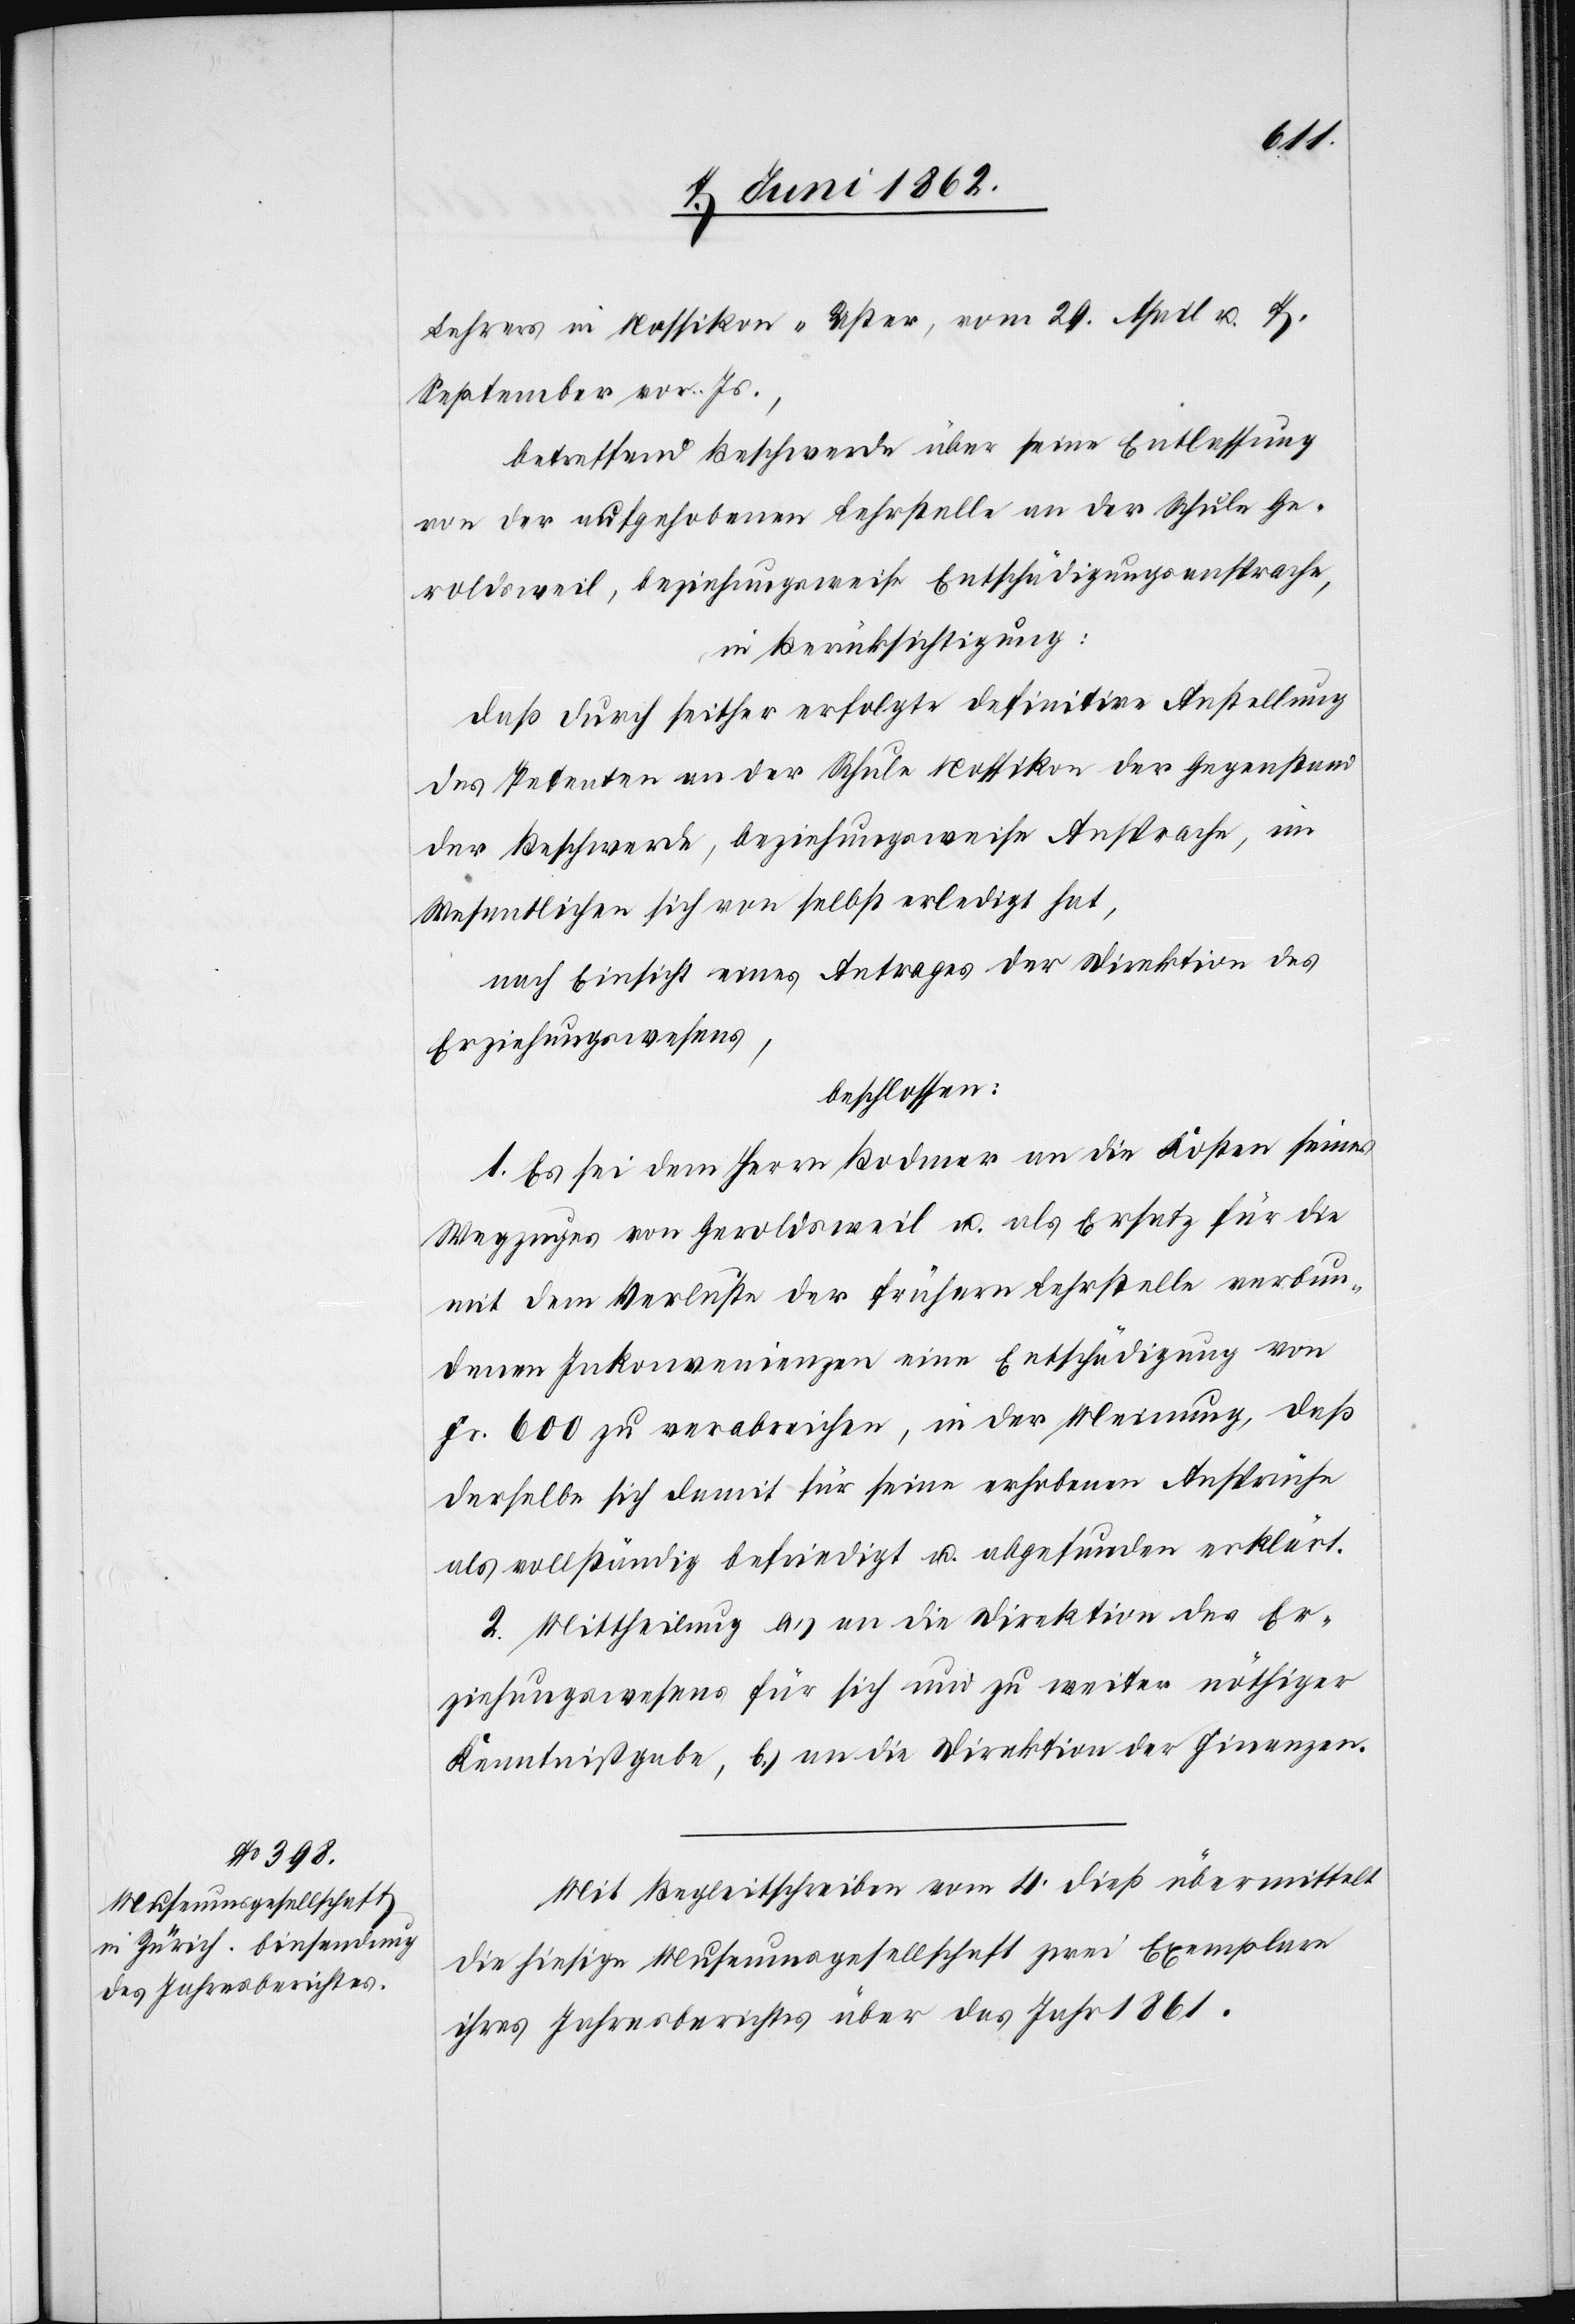
Lehrers in Nossikon-Uster, vom 29. April u. 7.
September vor. Js.,
betreffend Beschwerde über seine Entlassung
von der aufgehobenen Lehrstelle an der Schule Ge¬
roldsweil, beziehungsweise Entschädigungsansprache,
in Berücksichtigung:
daß durch seither erfolgte definitive Anstellung
des Petenten an der Schule Nossikon der Gegenstand
der Beschwerde, beziehungsweise Ansprache, im
Wesentlichen sich von selbst erledigt hat,
nach Einsicht eines Antrages der Direktion des
Erziehungswesens,
beschlossen:
1. Es sei dem Herrn Bodmer an die Kosten seines
Wegzuges von Geroldsweil u. als Ersatz für die
mit dem Verluste der frühern Lehrstelle verbun¬
denen Inkonvenienzen eine Entschädigung von
Fr. 600 zu verabreichen, in der Meinung, daß
derselbe sich damit für seine erhobenen Ansprüche
als vollständig befriedigt u. abgefunden erklärt.
2. Mittheilung a) an die Direktion des Er¬
ziehungswesens für sich und zu weiter nöthiger
Kenntnißgabe, b) an die Direktion der Finanzen.
Mit Begleitschreiben vom 4. dieß übermittelt
die hiesige Museumsgesellschaft zwei Exemplare
ihres Jahresberichtes über das Jahr 1861.